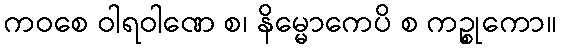
ကဝစေ ဝါရဝါဏေ စ၊ နိမ္မောကေပိ စ ကဉ္စုကော။